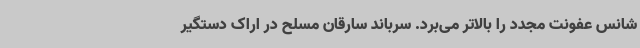
شانس عفونت مجدد را بالاتر می‌برد. سرباند سارقان مسلح در اراک دستگیر